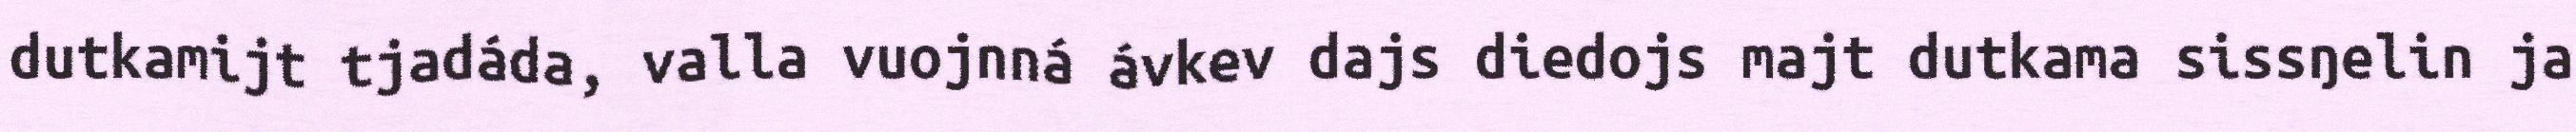
dutkamijt tjadáda, valla vuojnná ávkev dajs diedojs majt dutkama sissŋelin ja